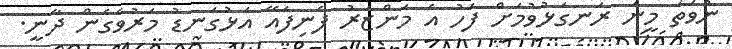
ނުވަތަ މީނަ ރަނގަޅުވުމަށް ފަހު އެ މަންޒަރު ފެނިފައޭ އަޅުގަނޑު މަރުވެގެން ދާނީ.